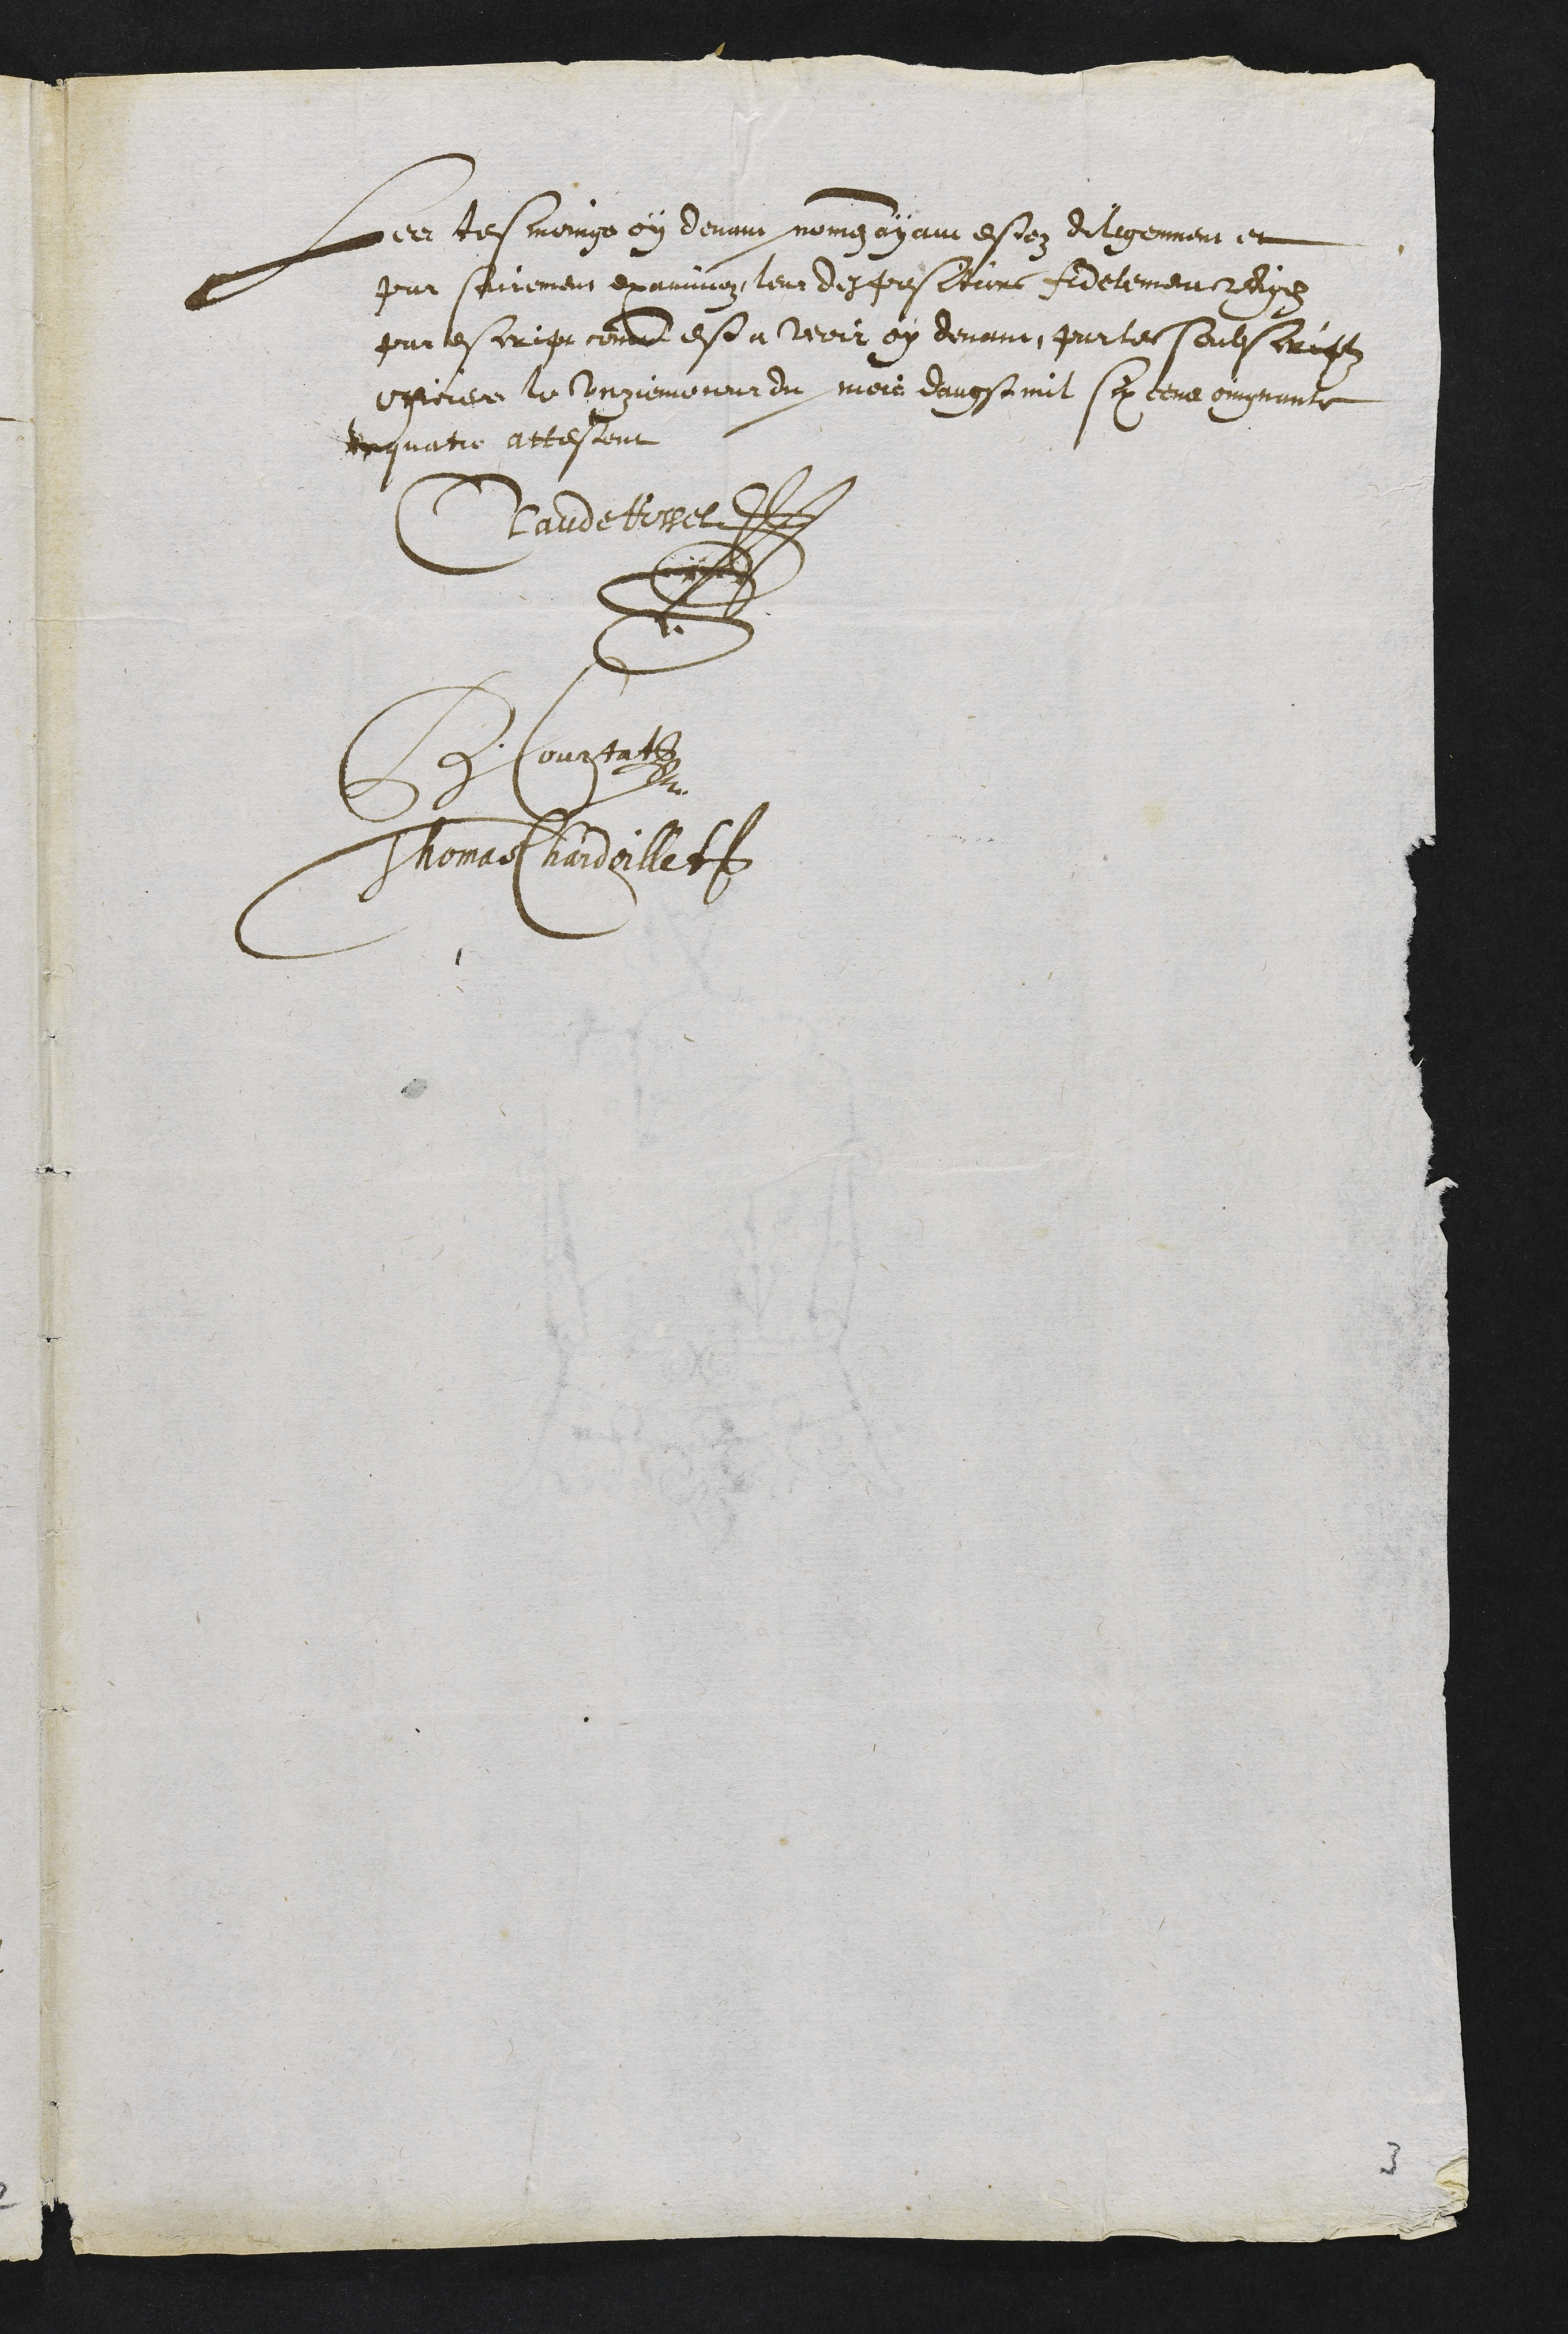
Les tesmoux oy devir mongz ay aun escez delagemen en
poar sairement examinoz, leur despositurs fidelement redie
par lescrip comme est a voir oy devant, partes Coueserigez
oxperer le Corgiemoneur du mois davestmit siy teus ongnante
Inquatre attestent
Clandetiner
Ee Courpafs
Thonaet hardeillet